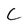
Character: C